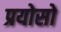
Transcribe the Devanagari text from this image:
प्रयोसो